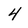
Character: 4